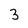
Character: 3